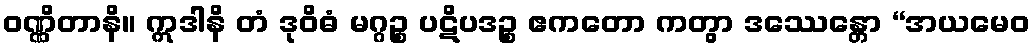
ဝဏ္ဏိတာနိ။ ဣဒါနိ တံ ဒုဝိဓံ မဂ္ဂဉ္စ ပဋိပဒဉ္စ ဧကတော ကတွာ ဒဿေန္တော “အယမေဝ